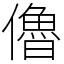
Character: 𠐔